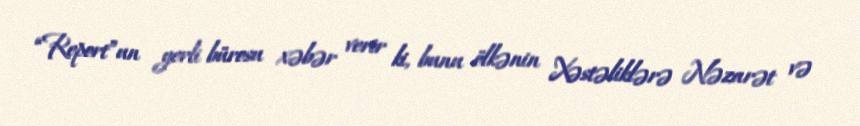
“Report”un yerli bürosu xəbər verir ki, bunu ölkənin Xəstəliklərə Nəzarət və